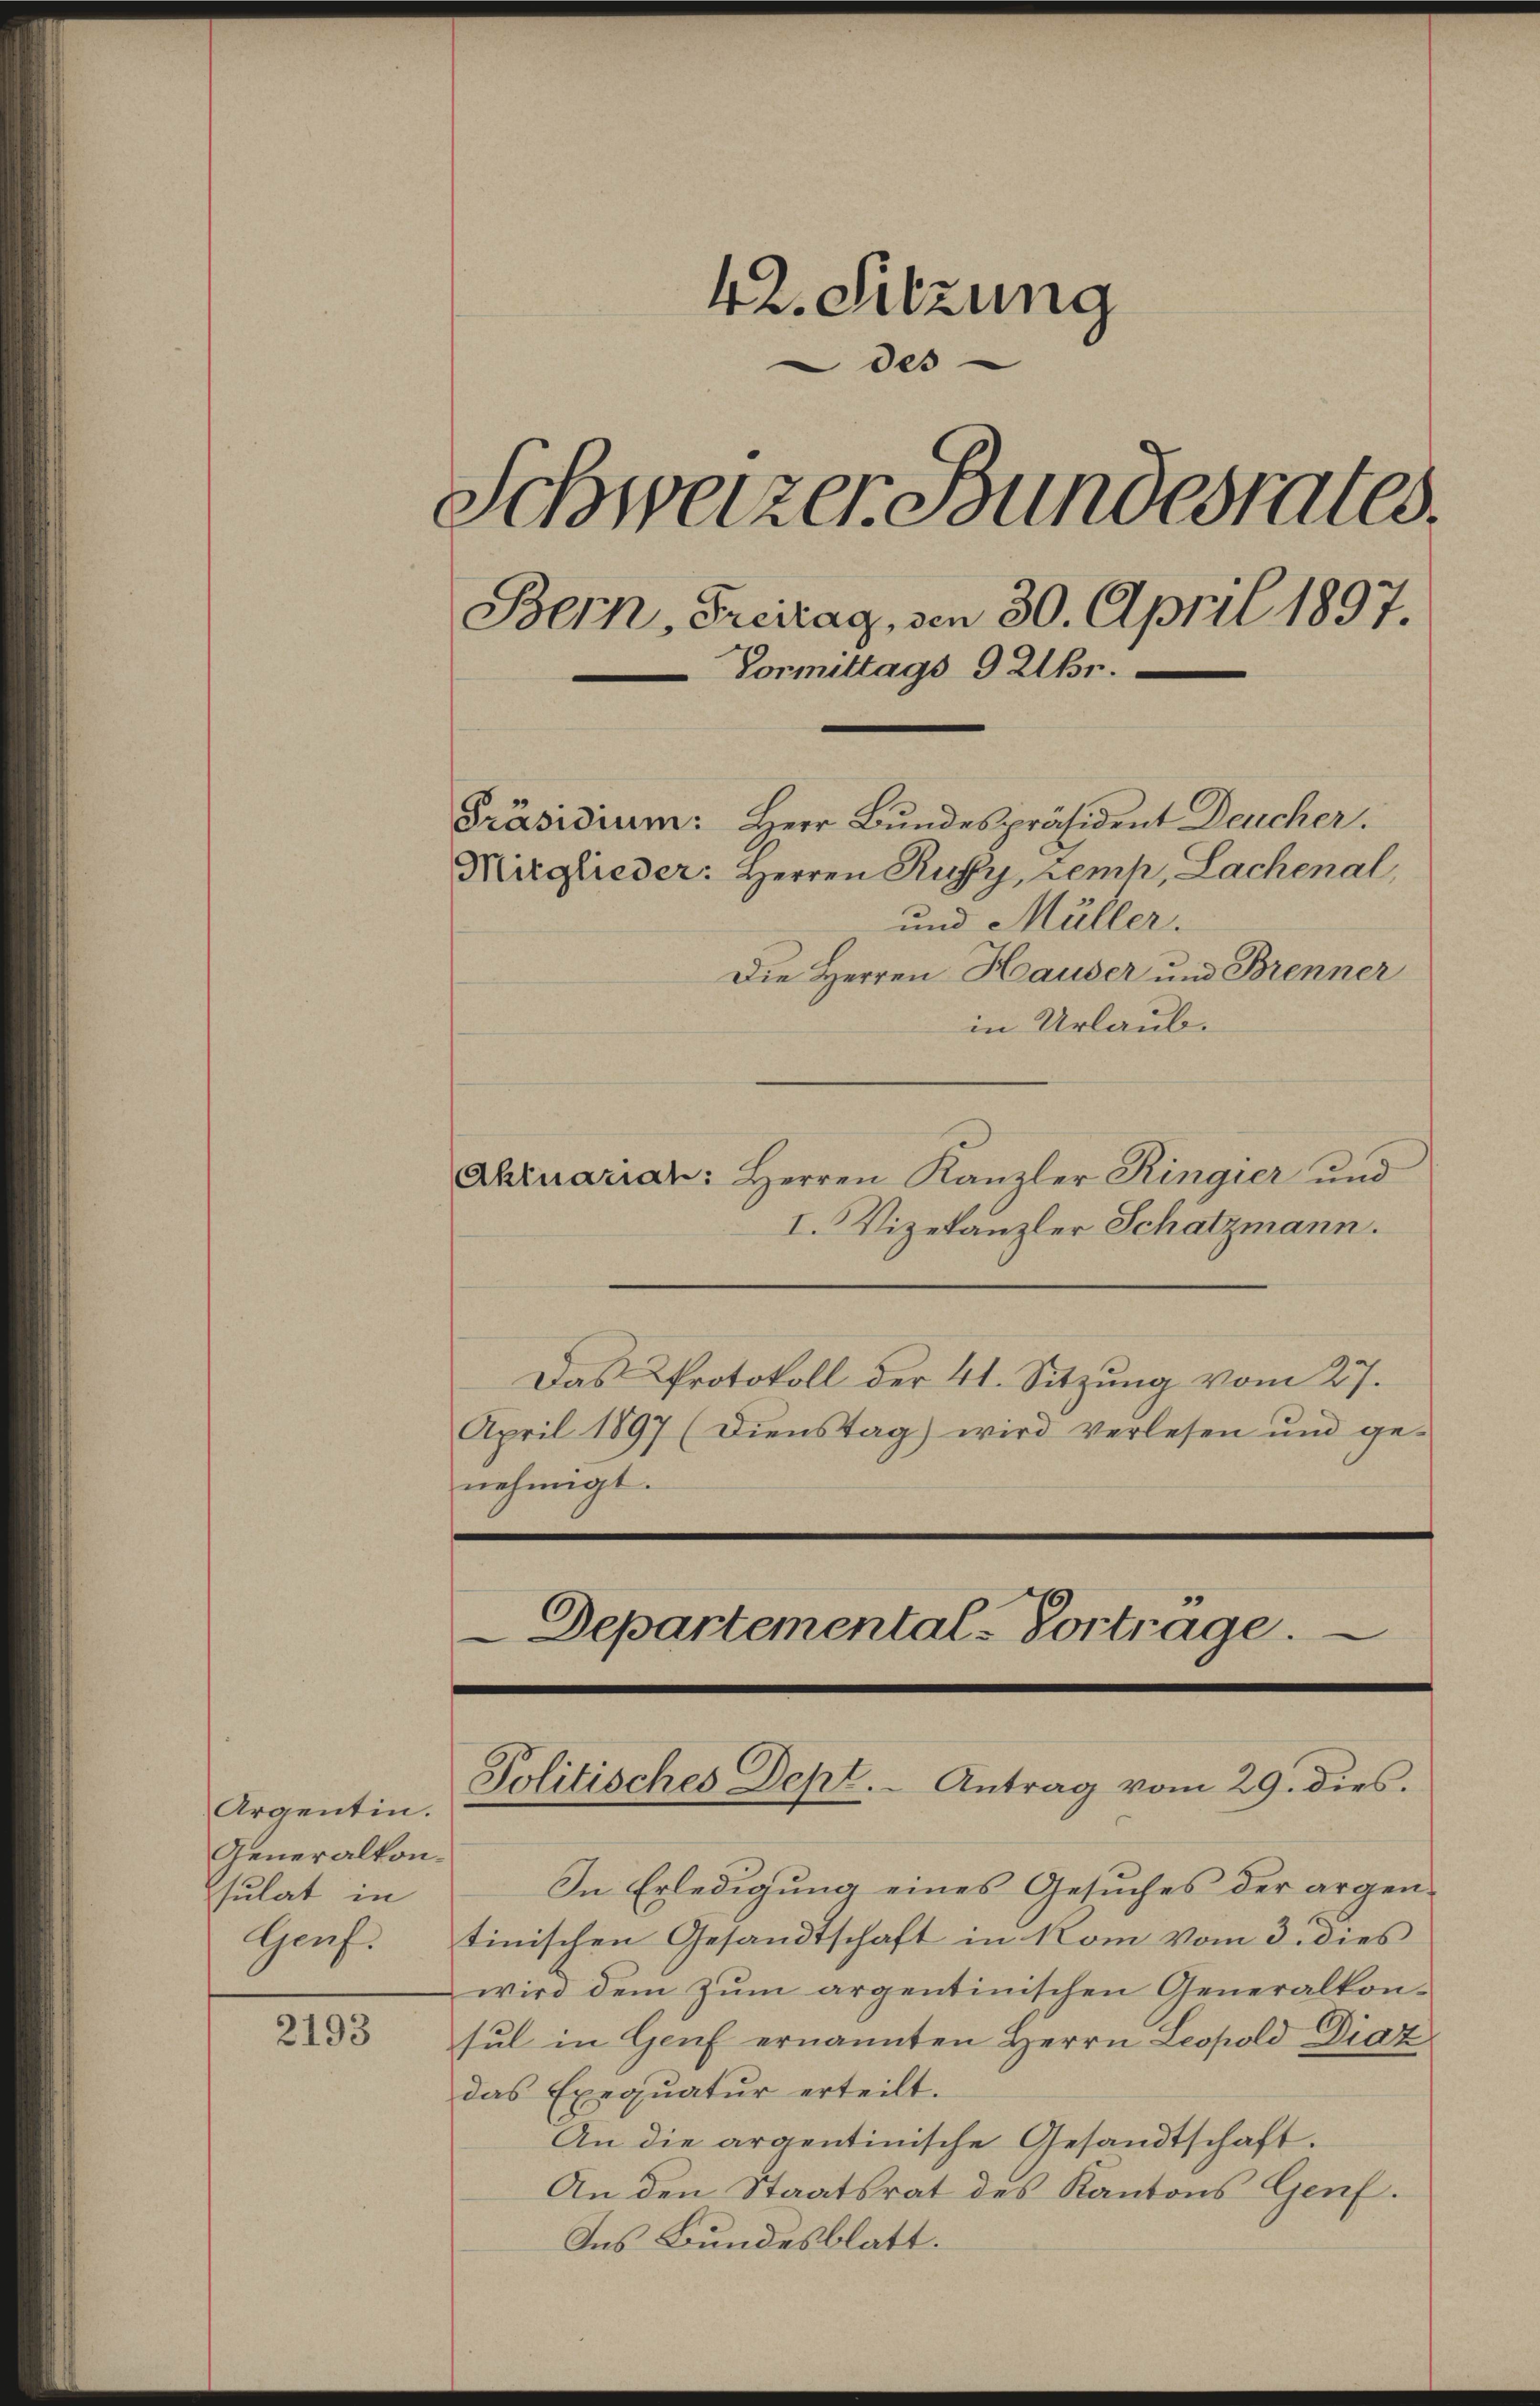
Argentin.
Generalkon-
sulat in
Genf.

2193

42. Sitzung
des
Schweizer Bundesrates.
Bern, Freitag, von 30. April 1897.
 Vormittags 9 Uhr.
Präsidium: Herr Bundespräsident Deucher.
Mitglieder: Herren Ruffy, Lemh, Lachenal
und Müller.
Die Herren Hauser und Brenner

in Urlaub.
Abruariar: Herren Kanzler Ringier und
I. Vizekanzler Schatzmann.
Das Protokoll der 41. Sitzung vom 27.
April 1897 (Dienstag) wird verlesen und ge-
nehmigt.

Departemental-Vortrage.
Politisches Dept. - Antrag vom 29. dies.

In Erledigung eines Gesuches der argen-
tinischen Gesandtschaft in kom vom 3. dies
wird dem zum argentinischen Generalkonsul in Genf ernannten Herrn Leopold Diat
das Exequatur erteilt.
An die argentinische Gesandtschaft.
An den Staatsrat des Kantons Genf.
Ins Bundesblatt.